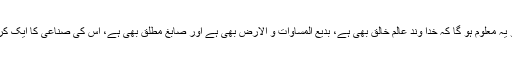
اگر کائنات کی حقیقت پر غور کیا جائے تو یہ معلوم ہو گا کہ خدا وند عالم خالق بھی ہے، بدیع المساوات و الارض بھی ہے اور صابغ مطلق بھی ہے، اس کی صناعی کا ایک کرشمہ وہ ہے جسے حُسن کا نام دیا جاتا ہے۔